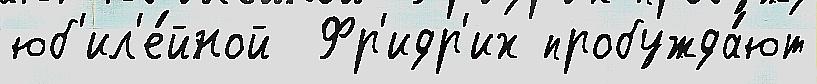
юб'ил'е́йной  Фр'идр'их пробужда́ют